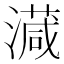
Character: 𣿎